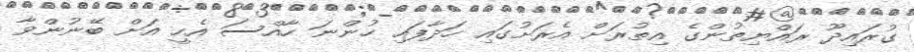
ގުރައިދޫ ރައްޔިތުންގެ އިތުރަށް އެރަށުގައި ހަދާފައި ހުންނަ ހާއްސަ އެހީ އަށް ބޭނުންވާ